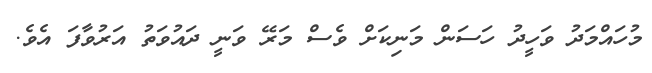
މުހައްމަދު ވަހީދު ހަސަން މަނިކަށް ވެސް މަރޭ ވަނީ ދައުވަތު އަރުވާފަ އެވެ.